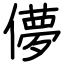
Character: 儚